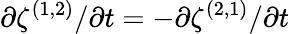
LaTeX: \partial{\zeta^{(1,2)}}/\partial{t}=-\partial{\zeta^{(2,1)}}/\partial{t}